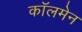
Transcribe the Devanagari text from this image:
कॉलमेन